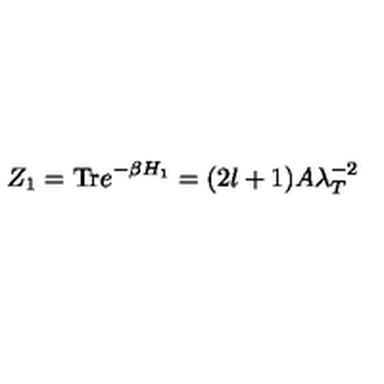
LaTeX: Z _ { 1 } = \mathrm { T r } e ^ { - \beta H _ { 1 } } = ( 2 l + 1 ) A \lambda _ { T } ^ { - 2 }